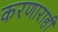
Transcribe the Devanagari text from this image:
करणाराही